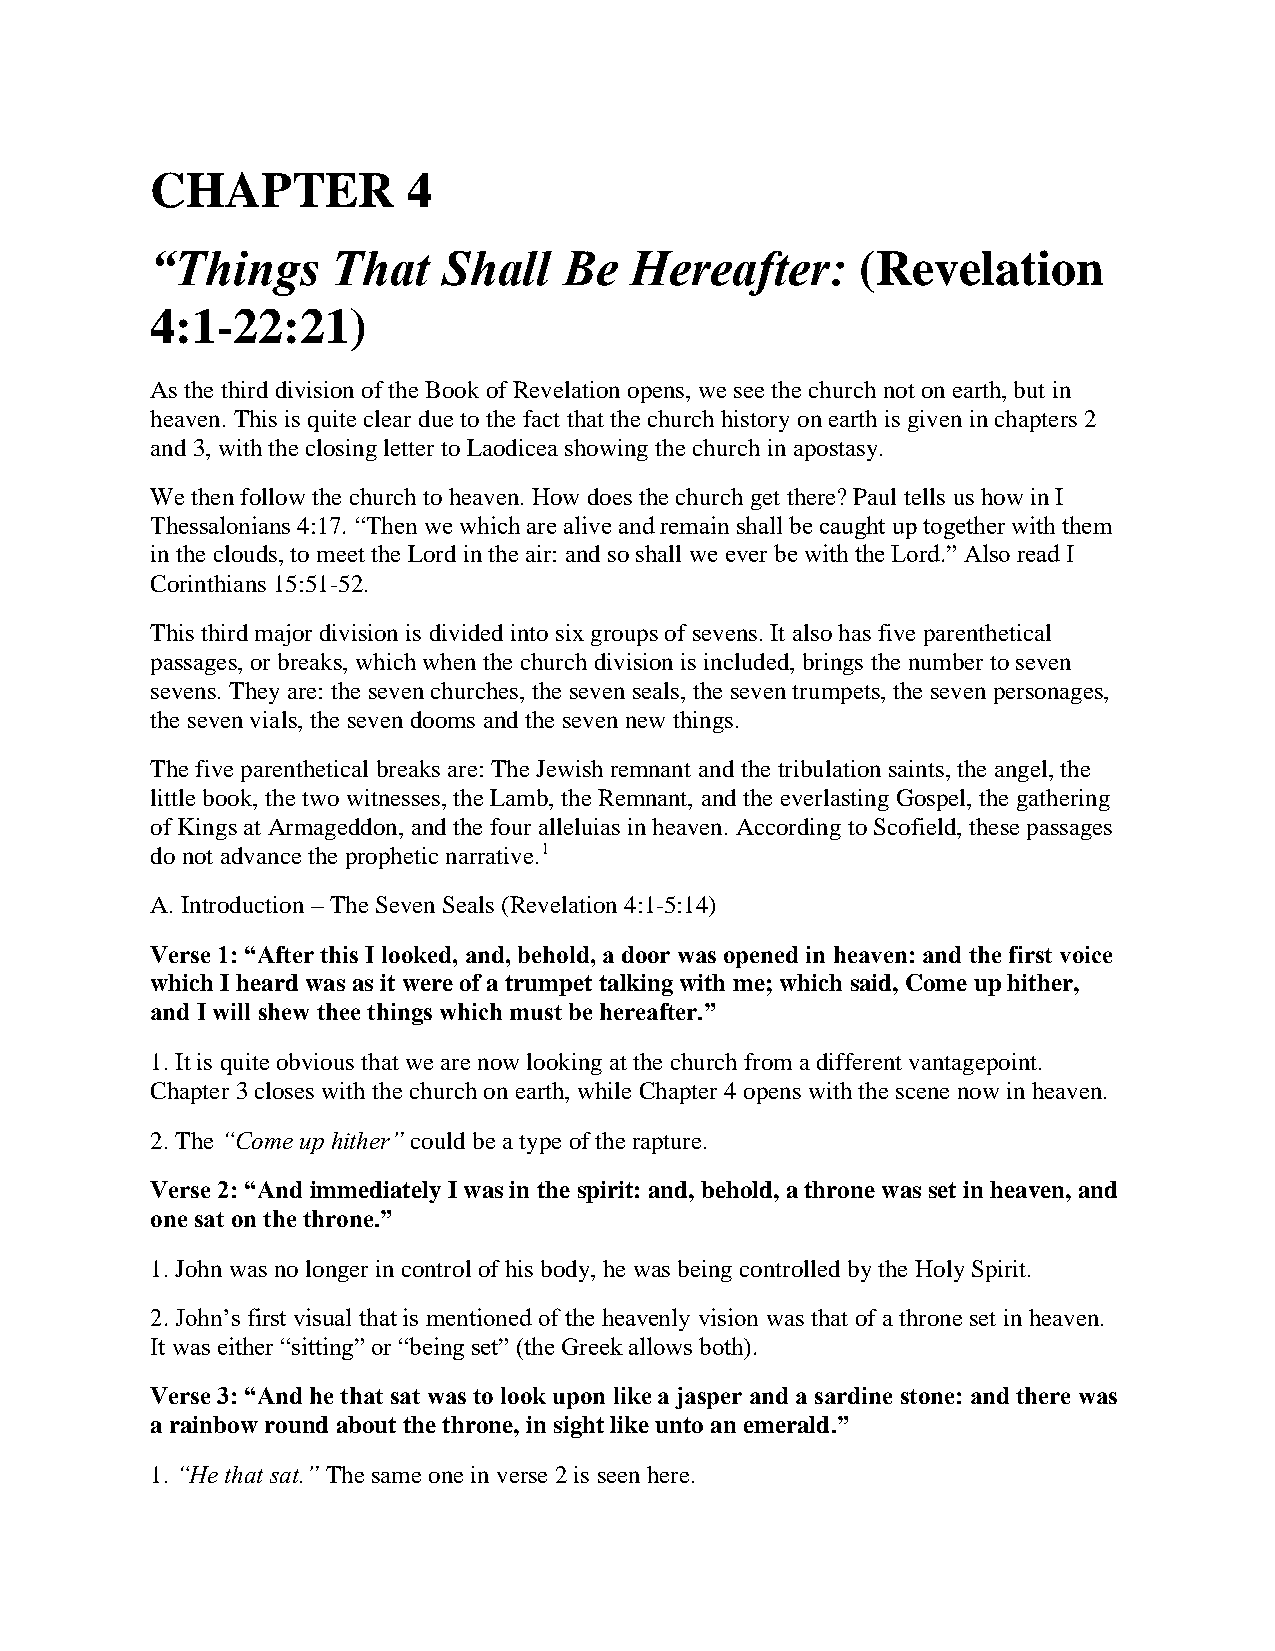
CHAPTER          4
 “Things     That   Shall   Be   Hereafter:     (Revelation
 4:1-22:21)
 As the third division of the Book of Revelation opens, we see the church not on earth, but in
 heaven. This is quite clear due to the fact that the church history on earth is given in chapters 2
 and 3, with the closing letter to Laodicea showing the church in apostasy.
 We then follow the church to heaven. How does the church get there? Paul tells us how in I
 Thessalonians 4:17. “Then we which are alive and remain shall be caught up together with them
 in the clouds, to meet the Lord in the air: and so shall we ever be with the Lord.” Also read I
 Corinthians 15:51-52.
 This third major division is divided into six groups of sevens. It also has five parenthetical
 passages, or breaks, which when the church division is included, brings the number to seven
 sevens. They are: the seven churches, the seven seals, the seven trumpets, the seven personages,
 the seven vials, the seven dooms and the seven new things.
 The five parenthetical breaks are: The Jewish remnant and the tribulation saints, the angel, the
 little book, the two witnesses, the Lamb, the Remnant, and the everlasting Gospel, the gathering
 of Kings at Armageddon, and the four alleluias in heaven. According to Scofield, these passages
 do not advance the prophetic narrative.1
 A. Introduction – The Seven Seals (Revelation 4:1-5:14)
 Verse 1: “After this I looked, and, behold, a door was opened in heaven: and the first voice
 which I heard was as it were of a trumpet talking with me; which said, Come up hither,
 and I will shew thee things which must be hereafter.”
 1. It is quite obvious that we are now looking at the church from a different vantagepoint.
 Chapter 3 closes with the church on earth, while Chapter 4 opens with the scene now in heaven.
 2. The “Come up hither” could be a type of the rapture.
 Verse 2: “And immediately I was in the spirit: and, behold, a throne was set in heaven, and
 one sat on the throne.”
 1. John was no longer in control of his body, he was being controlled by the Holy Spirit.
 2. John’s first visual that is mentioned of the heavenly vision was that of a throne set in heaven.
 It was either “sitting” or “being set” (the Greek allows both).
 Verse 3: “And he that sat was to look upon like a jasper and a sardine stone: and there was
 a rainbow round about the throne, in sight like unto an emerald.”
 1. “He that sat.” The same one in verse 2 is seen here.